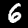
Digit: 6